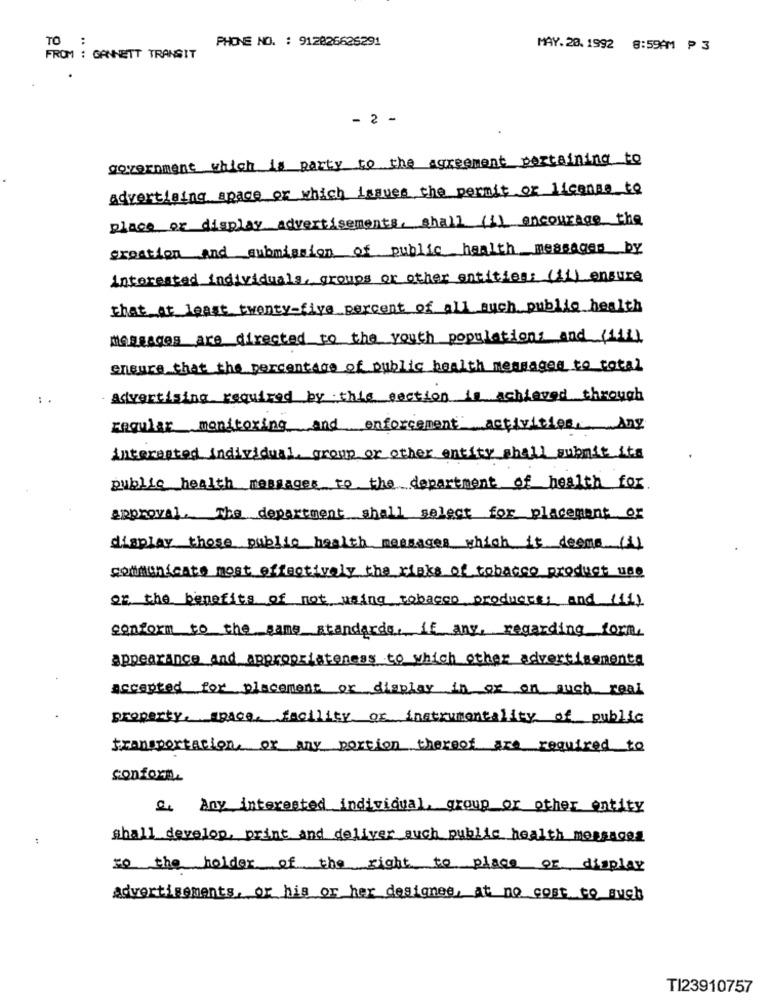
:
PHONE NO. : 912826626291
TO
MAY. 20. 1992
8:59AM ₱ 3
FROM : GANNETT TRANSIT
.. ..
- 2 -
government which is party to the agreement pertaining to
advertising space or which issues the permit or license to
place or display advertisements, shall (i) encourage the
creation and submission of public health messages by
interested individuals, groups or other entities: (ii) ensure
that at least twenty-five percent of all such public health
Messages are directed to the youth populations and (1)
ensure that the percentage of public health messages to total
Advertising required by this section is achieved through
regular monitoring and enforcement activities, Any
interested individual, group or other entity shall submit its
public health messages to the department of health for
approval. The department shall select for placement or
display those public health messages which it deems (4)
communicate most effectively the risks of tobacco product use
of the benefits of not using tobacco productss and (ii)
conform to the game standards, if any, regarding form,
appearance and appropriateness to which other advertisementa
accepted for placement or display in or on such real
property. space. facility or instrumentality of public
transportation, or any portion thereof are required to
conforn.
Q. Any interested individual, group or other entity
:
shall develop, print and deliver such public health messages
If the holder of the right to place or display
advertisements, or his or her designee, at no cost to such
TI23910757